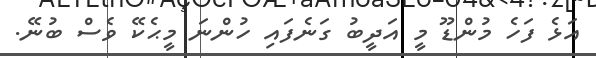
އަޅެ ފަހެ މުންޑޫ މީ އަދީބު ގަނެފައި ހުންނަ މީޙެކޭ ވެސް ބުނޭ.